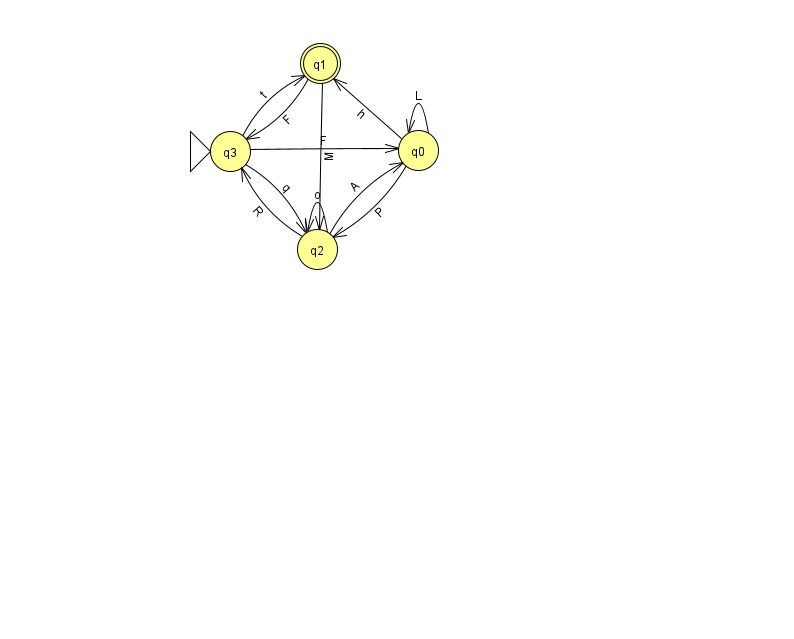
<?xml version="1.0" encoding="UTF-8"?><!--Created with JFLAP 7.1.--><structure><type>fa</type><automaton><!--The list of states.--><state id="0" name="q0"><x>418.0</x><y>137.0</y></state><state id="1" name="q1"><x>320.0</x><y>50.0</y><final/></state><state id="2" name="q2"><x>317.0</x><y>236.0</y></state><state id="3" name="q3"><x>230.0</x><y>138.0</y><initial/></state><!--The list of transitions.--><transition><from>0</from><to>1</to><read>h</read></transition><transition><from>3</from><to>0</to><read>F</read></transition><transition><from>3</from><to>2</to><read>q</read></transition><transition><from>2</from><to>0</to><read>A</read></transition><transition><from>0</from><to>2</to><read>P</read></transition><transition><from>2</from><to>3</to><read>R</read></transition><transition><from>0</from><to>0</to><read>L</read></transition><transition><from>1</from><to>3</to><read>F</read></transition><transition><from>1</from><to>2</to><read>M</read></transition><transition><from>2</from><to>2</to><read>o</read></transition><transition><from>3</from><to>1</to><read>t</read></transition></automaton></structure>